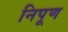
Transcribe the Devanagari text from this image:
निपूण